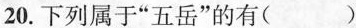
20.下列属于”五岳”的有( )